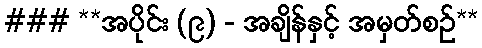
### **အပိုင်း (၉) - အချိန်နှင့် အမှတ်စဉ်**